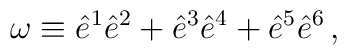
\omega \equiv \hat{e}^1 \hat{e}^2+ \hat{e}^3 \hat{e}^4+\hat{e}^5\hat{e}^6\,,